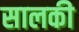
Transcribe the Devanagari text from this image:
सालकी